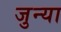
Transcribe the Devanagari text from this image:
जुन्‍या